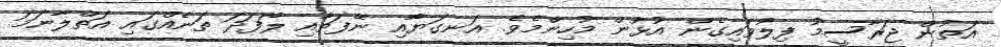
އަތުން ޖަރާސީމު ފިލުވައިގެން އުޅުން މުހިންމެވެ. އަނގަޔާއި ނޭފަތާއި ލޯފަދަ ތަނެއްގައި އަތްލާނަމަ